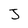
Character: J